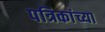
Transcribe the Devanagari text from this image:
पत्रिकांच्या